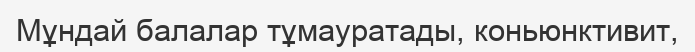
Мұндай балалар тұмауратады, коньюнктивит,